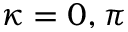
\kappa = 0 , \pi